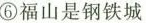
⑥福山是钢铁城